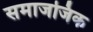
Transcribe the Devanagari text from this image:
समाजजिक